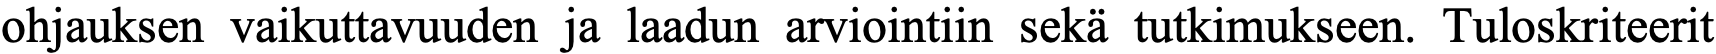
ohjauksen vaikuttavuuden ja laadun arviointiin sekä tutkimukseen. Tuloskriteerit